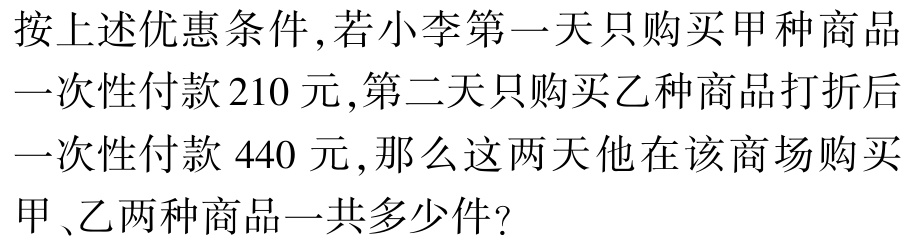
按上述优惠条件,若小李第一天只购买甲种商品一次性付款210元,第二天只购买乙种商品打折后一次性付款 440 元,那么这两天他在该商场购买甲、乙两种商品一共多少件?